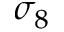
\sigma _ { 8 }